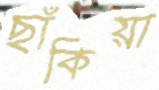
ছাঁকিয়া